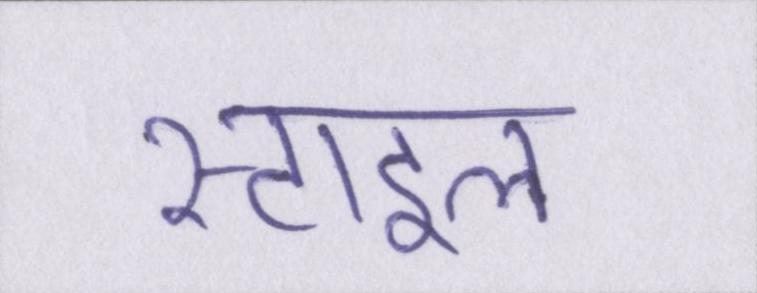
स्टाइल